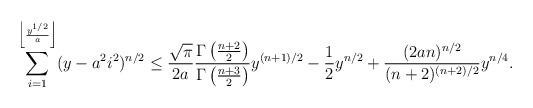
LaTeX: \begin{align*}\sum_{i=1}^{\left \lfloor{\frac{y^{1/2}}{a}}\right \rfloor}(y-a^{2}i^{2})^{n/2}\leq \frac{\sqrt{\pi}}{2a}\frac{\Gamma\left(\frac{n+2}{2}\right)}{\Gamma\left(\frac{n+3}{2}\right)}y^{(n+1)/2} - \frac12 y^{n/2}+\frac{(2an)^{n/2}}{(n+2)^{(n+2)/2}}y^{n/4}.\end{align*}